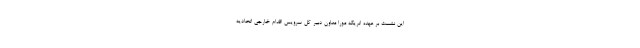
این نشست بر عهده انریکه مورا معاون دبیر کل سرویس اقدام خارجی اتحادیه